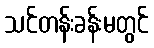
သင်တန်းခန်းမတွင်